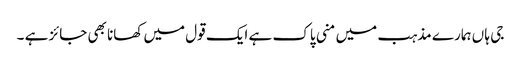
جی ہا ں ہمارے مذہب میں منی پاک ہے ایک قول میں کھانا بھی جائز ہے ۔